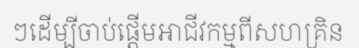
ៗដើម្បីចាប់ផ្តើមអាជីវកម្មពីសហគ្រិន